Vaccination in the Punjab 1883-1896 - 1883-1896
Year: 1883
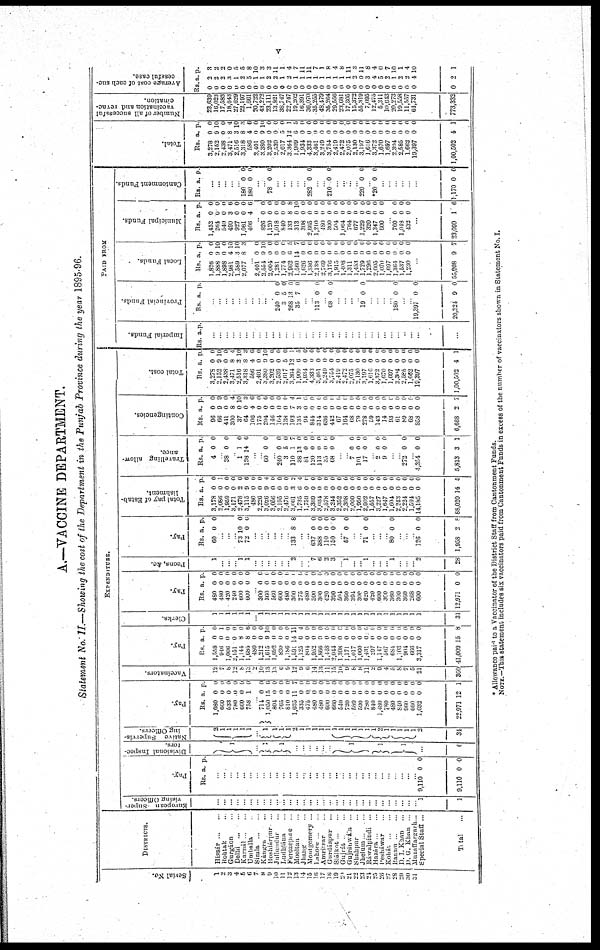
V
A.—VACCINE DEPARTMENT.
Statement No. II.—Showing the cost of the Department in the Punjab Province during the year 1895-96.
Serial
No.
1
2
3
4
5
6
7
8
9
10
11
12
13
14
15
16
17
18
19
20
21
22 23
24
25
26
27
28
29
30
31
DISTRICTS.
Hissár .. ..
Rohtak .. ..
Gurgáon .. ..
Delhi
...
Karnál .. ..
Umballa
Simla .. ..
Kangra .. ..
Hoshiarpur .. ..
Jullandur ...
Ludhana
...
Ferozepore ...
Mooltan ...
Jhang ...
Montgomery ..
Lahore ...
Amritsar ...
Gurdáspur ...
Siálkot ...
Gujrát ...
Gujranuáa
Shahpur ...
Jhelum ...
Rawalpindi
..
Hazara ...
Pesháwar ...
Kohát
..
..
Bannu ...
D.I Khan ...
D. G. Khan ...
Muzaffargarh .
Special Staff ...
Total ...
EXPENDITURE.
European
Super-
vising Officers.
...
...
...
...
...
...
...
...
...
...
...
...
...
...
...
...
...
...
...
...
...
...
...
...
...
...
...
...
...
...
... 1
1
Pay.
Rs. a. p.
...
...
...
...
...
...
...
...
...
...
...
...
...
...
...
...
...
...
...
...
...
...
...
...
...
...
...
...
...
...
... 9,110
9,110
0
0
0
0
Divisional Inspec-
tors.
1
1
1
.
.
.
.
.
.
1
1
1
..
6
Native Supervising Officers
2
1 1
1
1
1
1
1
1
2
1
1
1
1
1
1
1
1
1
1
1
1 2 1
1
1
1
1
2
31
Pay.
Rs.
1,080
660
633
780
660
758
711
1,050
804
765
810
1,035
385
475
480
480
600
660
540
720
589
590
780
810
1,480
780
480
840
960
660
1,032
22,971
a.
0
0
0
0
0
1
0
15
0
0
0
11
0
0
0
0
0
0
0
0
0
0
0
0
0
0
0
0
0
0
0
12
p.
0
0
0
0
0
0
0
0
0
0
0
7
0
0
0
0
0
0
0
0
0
0
0
0
0
0
0
0
0
0
0
1
Vaccinators.
12
7
8
12
8
13
2
10
13
13
6
9
12
9
6
14
18
11
15
10
9
8
8
11
2
9
4
5 8
7
0
21
360
Pay.
Rs.
1,558
946
1,006
2,151
1,144
1,685
480
1,212
1,615
1,602
830
1,186
1,591
1,125
804
1,952
1,866
1,143
2,044
1,308
1,171
1,017
1,060
1,461
297
1,147
567
684
1,108
904
666
3,317
41,009
a.
0
0
0
0
8
8
0
0
9
0
0
0
14
0
0
0
0
0
0
0
0
0
0
0
0
0
0
0
0
0
0
0
15
p.
0
1
0
0
0
6
0
0
10
0
0
0
11
4
0
0
0
0
0
0
0
0
0
0
0
0
0
0
0
0
0
0
8
Clerks.
1
1
1
1
1
1
.
1
1
1
1
1
1
1
1
1
1
1
1
1
1
1
1
1
1
1
1
1
1
1
1
1
31
Pay.
Rs.
480
480
420
240
600
600
300
360
560
600
480
300
275
480
300
300
420
390
504
360
394
300
620
420
600
300
360
300
360
268
600
12,971
a.
0
0
0
0
0
0
0
0
0
0
0
0
0
0
0
0
0
0
0
0
0
0
0
0
0
0
0
0
0
0
0
0
p.
0
0
0
0 0
0
0
0
0
0
0 0
0
0
0
0
0
0
0
0
0
0
0
0
0
0
0
0
0
0
0
0
Peons, &c.
1
1
1
2
7
0
2
3
1
..
1
...
.. 1
.. 2
28
Pay.
Rs.
60
a.
0
p.
0
..
...
73
72
10
0
0
0
..
...
...
...
..
. 133 8 8
...
. 637
388
110
150
0
0
0
0
0
0
0
0
57 0 0
71 0 0
.
...
. 80 0 0
126
1,958
0
2
0
8
Total pay of Estab-
lishment.
Rs.
3,178
2,086
1,959
3,171
2,478
3,115
480
2,226
3,026
3,056
2,195
2,476
3,061
1,735
1,759
3,369
3,084
2,578
3,244
2,352
2,308
2,000
1,950
2,902
1,557
3,227
1,647
1,604
2,243
2,224
1,594
14,185
88,020
a.
0
0
0
0
2
9
0
0
9
0
0
0
3
6
0
0
0
0
0
0
0
0
0
0
0
0
0
0
0
0
0
0
14
p.
0
1
0
0
0
6
0
0
4
0
0
0
2
4
0
0
0
0
0
0
0
0
0
0
0
0
0
0
0
0
0
0
5
Travelling allow-
ance.
Rs.
4
a.
0
p.
0
38 0 0
1
138
1
14 0 0
60 0 0
240
3
110
38
81
120
118
35
68
0
5
1
13
0
0
0
0
0
0
0
7
0
0
0
0
0 0
7
101
17
0
0
0
0
0
0
2
9
0
0
0
0
272 0 0
4,351
5,813
0
3
0
1
Contingencies.
Rs.
96
66
441
300
37
64
106
175
294
116
164
138
193
185
94
844
344
636
442
67
164
68
79
278
59
143
14
93
61
89
68
858
6,668
a.
0
9
0
8
0
0
4
0
0
0
0
0
7
3
0
0
0
0
0
0
0
0
0
0
0
0
0
0
0
0
0
0
2
p.
0
9
0
4
10
3
6
0
6
0
0
0
4
1
1
0
0 0
0 0
0
0
0
0
0
0
0
0 0
0
0
0
7
Total cost.
Rs.
3,278
2,152
2,438
3,471
2,516
3,318
586
2,401
3,380
3,202
2,589
2,617
3,364
1,909
1,931
4,333
3,461
3,249
3,751
2,419
2,472
2,075
2,130
3,197
1,616
3,372
1,670
1,697
2,304
2,585
1,682
19,397
1,00,502
a.
0
9
0
8
3
8
4
0
0
0
0
5
12
0
0
0
0
0
0
0
0
0
0
0
0
0
0
0
0
0
0
0
4
p.
0
10
0
4
10
3
0
0
10
0
0
0
1
5
0
0
0
0
0
0
0
0
0
0
0
0
0
0
0
0
0
0
1
PAID FROM
Imperial Funds.
Rs. a. p.
....
...
..
...
...
...
...
.
.
..
.
.
.
..
...
...
...
...
..
Provincial Funds.
Rs. a. p.
.
.
.
240
3
268
35
0
5
13
7
0
0 0
0
113
0 0
68 0 0
19 0 0
180 0 0
19,397
20,324
0
9
0
0
Local Funds.
Rs.
1,826
1,888
1,898
2,981
1,589
2,077
a.
0
9
0
4
8
8
p.
0
10
0
10
10
3
2,401
2,554
2,004
1,281
1,774
2,962
1,560
1,626
1,386
2,188
2,769
3,176
1,915
1,408
1,311
1,453
1,729
1,296
2,005
1,070
1,697
1,364
1,587
1,230
0
9
0
0
0
6
14
0
0
0
0
0
0
0
0
0
0
0
0
0
0
0
0
0
0
10
0
0
0
0 7
0
0
0
0
0
0
0
0
0
0
0
0
0
0
0
0
0
55,008 9 7
Municipal Funds.
Rs.
1,452
204
540
490
927
1,061
406
a.
0
0
0
3
0
0
4
p.
0
0
0
6
0
0
6
... 826
1,120
1,018
840
133
313
308
2,665
1,210
480 300
501
1,064
764
677
1,229
320
1,347
600
0
0
0
0
8
0
0
0
0
0
0
0
0
0
0
0
0
0
0
0
0
0
0
8
10
0
0
0
0
0
0
0
0
0
0
0
0
0
760
1,018
132
0
0
0
0
0
0
...
23,099 1 6
Cantonment Funds.
Rs. a. p.
...
...
...
180
180
0
0
0
0
...
78 0 0
.
..
.
. 282 0 0
.
. 210 0 0
...
..
.. 220 0 0
*20
0 0
..
.
.
1,170 0
0
Total.
Rs.
3,278
2,152
2,438
3,471
2,516
3,318
586
2,401
3,380
3,202
2,530
2,617
3 364
1,909
1,934
4,331
3,401
3,249
3,754
2,419
2,172
2,075
2,130
3,197
1,616
3,372
1,670
1,697
2 301
2,585
1,662 19,397
1,00,502
a.
0
9
0
8
3
8
4
0
9
0
0
5
12
0
0
0
0
0
0
0
0
0
0
0
0
0
0
0
0
0
0
0
1
p.
0
10
0
4
10
3
0
0
10
0
0
0
1
5
0
0
0
0
0
0
0
0
0
0
0
0
0
0
0
0
0
0
1
Number of all successful
vaccination and revac-
cination.
23,639
16,023
17,583
18,643
27,629
22,197
1,661
20,722
43,272
23,111
13,821
38,747
22,717
19,202
16,391
36,070
35,255
48,179
35,264
29,556
23,681
17,305
15,372
55,319
7,095
12,475
5,311
10,613
20,273
19,558
11,557
64,731
773,332
Average cost of each suc-
cessful case.
Rs.
0
0
0
0
0
0
0
0
0
0
0
0
0
0
0
0
0
0
0
0
0
0
0
0
0
0
0
0
0
0
0
0
0
a.
2
2
2
3
1
2
5
1
1
2
2
1
2
1
1
1
1
1
1
1
1
1
2
0
3
4
3
2
1
2
2
4
2
p.
3
2
2
0
5
5
8
10
3
3
11
1
4
7
11
11
7
1
8
4
8
11
3
11
8
4
0
7
10
1
4
10
1
* Allowance paid to a Vaccinator of the District Staff from Cantonment Funds.
NOTE.—This statement includes six vaccinators paid from Cantonment Funds in excess of the number of vaccinators shown in Statement No. I.